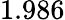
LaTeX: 1.986